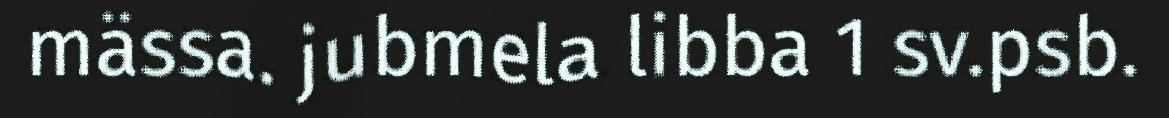
mässa. jubmela libba 1 sv.psb.